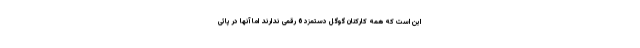
این است که همه کارکنان گوگل دستمزد 6 رقمی ندارند اما آنها در پائی